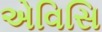
એવિસિ